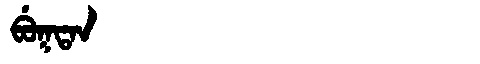
Manchu: ᠪᡠᡴᡨᠠᠨ
Romanization: BUKTAN